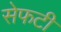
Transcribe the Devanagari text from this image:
सेफटी